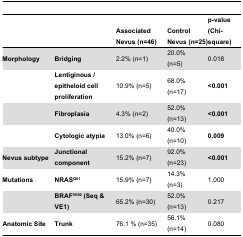
<table><thead><tr><td></td><td></td><td><b>Associated Nevus (n=46)</b></td><td><b>Control Nevus (n=25)</b></td><td><b>p-value (Chi-square)</b></td></tr></thead><tbody><tr><td><b>Morphology</b></td><td><b>Bridging</b></td><td>2.2% (n=1)</td><td>20.0% (n=5)</td><td>0.018</td></tr><tr><td></td><td><b>Lentiginous / epitheloid cell proliferation</b></td><td>10.9% (n=5)</td><td>68.0% (n=17)</td><td><b>&lt;0.001</b></td></tr><tr><td></td><td><b>Fibroplasia</b></td><td>4.3% (n=2)</td><td>52.0% (n=13)</td><td><b>&lt;0.001</b></td></tr><tr><td></td><td><b>Cytologic atypia</b></td><td>13.0% (n=6)</td><td>40.0% (n=10)</td><td><b>0.009</b></td></tr><tr><td><b>Nevus subtype</b></td><td><b>Junctional component</b></td><td>15.2% (n=7)</td><td>92.0% (n=23)</td><td><b>&lt;0.001</b></td></tr><tr><td><b>Mutations</b></td><td><b>NRAS<sup>Q61</sup></b></td><td>15.9% (n=7)</td><td>14.3% (n=3)</td><td>1.000</td></tr><tr><td></td><td><b>BRAF<sup>V600</sup> (Seq &amp; VE1)</b></td><td>65.2% (n=30)</td><td>52.0% (n=13)</td><td>0.217</td></tr><tr><td><b>Anatomic Site</b></td><td><b>Trunk</b></td><td>76.1 % (n=35)</td><td>56.1% (n=14)</td><td>0.080 </td></tr></tbody></table>